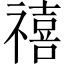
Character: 禧